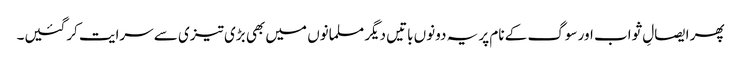
پھر ایصالِ ثواب اور سوگ کے نام پر یہ دونوں باتیں دیگر مسلمانوں میں بھی بڑی تیزی سے سرایت کرگئیں۔